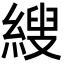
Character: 𦃈